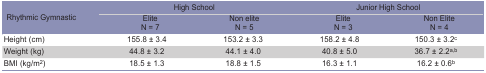
| <ROWSPAN=2> Rhythmic Gymnastic | <COLSPAN=2> High Schoo | <COLSPAN=2> Junior High School |
 | EliteN = 7 | Non eliteN = 5 | EliteN = 3 | Non Elite N = 4 |
 | --- | --- | --- | --- | --- |
 | Height (cm) | 155.8 ± 3.4 | 153.2 ± 3.3 | 158.2 ± 4.8 | 150.3 ± 3.2c |
 | Weight (kg) | 44.8 ± 3.2 | 44.1 ± 4.0 | 40.8 ± 5.0 | 36.7 ± 2.2a, b |
 | BMI (kg/m2) | 18.5 ± 1.3 | 18.8 ± 1.5 | 16.3 ± 1.1 | 16.2 ± 0.6b |